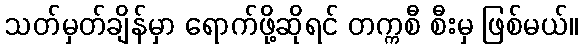
သတ်မှတ်ချိန်မှာ ရောက်ဖို့ဆိုရင် တက္ကစီ စီးမှ ဖြစ်မယ်။